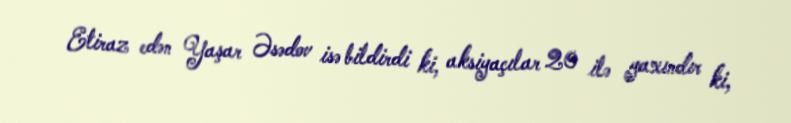
Etiraz edən Yaşar Əsədov isə bildirdi ki, aksiyaçılar 20 ilə yaxındır ki,